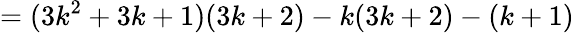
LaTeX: =(3k^{2}+3k+1)(3k+2)-k(3k+2)-(k+1)